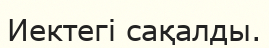
Иектегі сақалды.